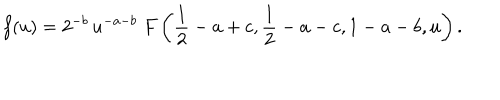
f ( u ) = 2 ^ { - b } \, u ^ { - a - b } \; F \left( { \frac { 1 } { 2 } } - a + c , { \frac { 1 } { 2 } } - a - c , 1 - a - b , u \right) .